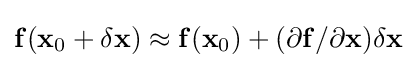
{\bf {f(x_{\rm {0}}+\delta x)\approx f(x_{\rm {0}})+(\partial f/\partial x)\delta x}}